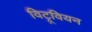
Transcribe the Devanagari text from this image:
विट्रूवियन